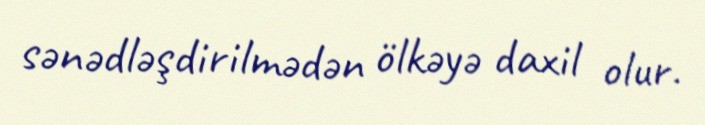
sənədləşdirilmədən ölkəyə daxil olur.